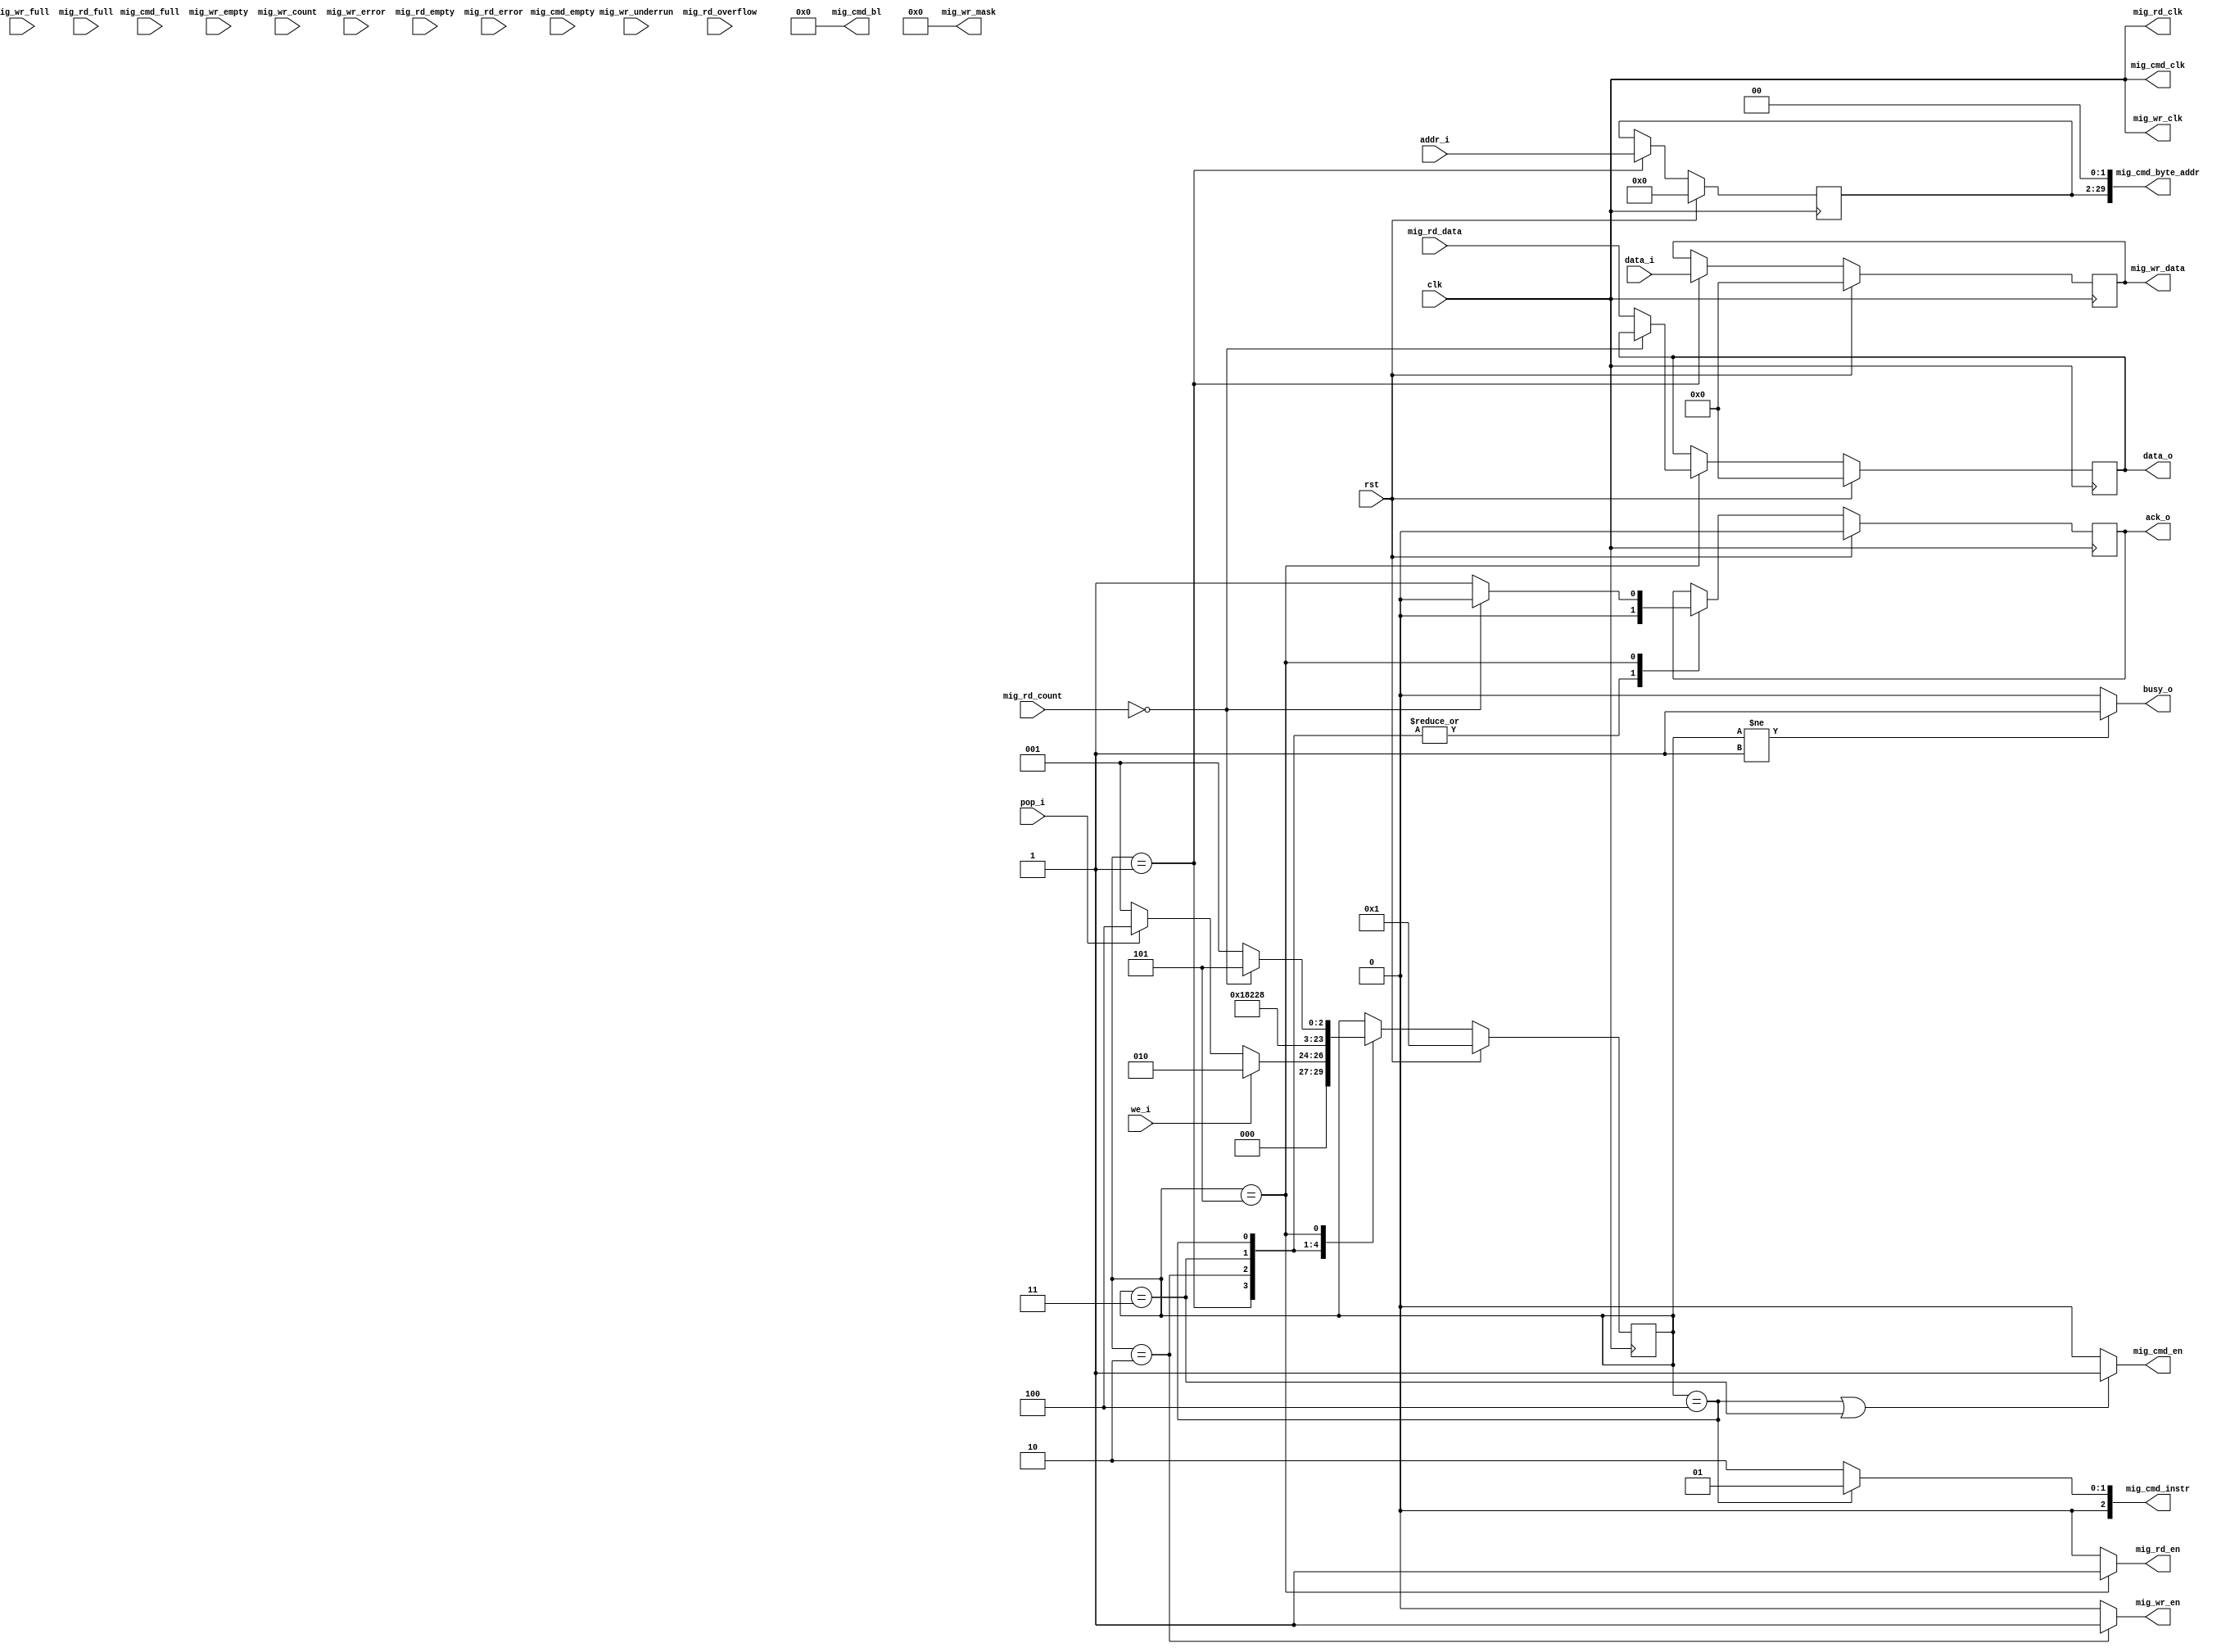
module simple_ddr3(
    input wire clk, // clk491520
    input wire rst,

    input wire [27:0] addr_i,
    input wire [31:0] data_i,
    input wire we_i,
    input wire pop_i,
    output wire [31:0] data_o,
    output wire ack_o,
    output wire busy_o,

    // MIG interface
    output wire mig_cmd_clk,
    output wire mig_cmd_en,
    output wire [2:0] mig_cmd_instr,
    output wire [5:0] mig_cmd_bl,
    output wire [29:0] mig_cmd_byte_addr,
    input wire mig_cmd_empty,
    input wire mig_cmd_full,
    output wire mig_wr_clk,
    output wire mig_wr_en,
    output wire [3:0] mig_wr_mask,
    output wire [31:0] mig_wr_data,
    input wire mig_wr_full,
    input wire mig_wr_empty,
    input wire [6:0] mig_wr_count,
    input wire mig_wr_underrun,
    input wire mig_wr_error,
    output wire mig_rd_clk,
    output wire mig_rd_en,
    input wire [31:0] mig_rd_data,
    input wire mig_rd_full,
    input wire mig_rd_empty,
    input wire [6:0] mig_rd_count,
    input wire mig_rd_overflow,
    input wire mig_rd_error);

reg [27:0] addr_ff;
reg [31:0] wdata_ff;
reg [31:0] rdata_ff;
reg ack_ff;

reg [5:0] state_ff;
localparam ST_INIT = 1;
localparam ST_FILL_WRBUF = 2;
localparam ST_EMIT_WR_CMD = 3;
localparam ST_EMIT_RD_CMD = 4;
localparam ST_WAIT_RD_DATA = 5;

always @(posedge clk) begin
    if (rst) begin
        addr_ff <= 28'b0;
        wdata_ff <= 32'b0;
        rdata_ff <= 32'b0;
        state_ff <= ST_INIT;
        ack_ff <= 1'b0;
    end else begin
        case (state_ff)
            ST_INIT: begin
                addr_ff <= addr_i;
                wdata_ff <= data_i;
                ack_ff <= 1'b0;

                if (we_i) begin
                    state_ff <= ST_FILL_WRBUF;
                end else if (pop_i) begin
                    state_ff <= ST_EMIT_RD_CMD;
                end else begin
                    state_ff <= ST_INIT;
                end
            end
            ST_FILL_WRBUF: begin
                state_ff <= ST_EMIT_WR_CMD;
                ack_ff <= 1'b0;
            end
            ST_EMIT_WR_CMD: begin
                state_ff <= ST_INIT;
                ack_ff <= 1'b0;
            end
            ST_EMIT_RD_CMD: begin
                state_ff <= ST_WAIT_RD_DATA;
                ack_ff <= 1'b0;
            end
            ST_WAIT_RD_DATA: begin
                if (mig_rd_count == 6'h00) begin // FIXME: mig_rd_empty?
                    state_ff <= ST_WAIT_RD_DATA;
                    ack_ff <= 1'b0;
                end else begin
                    rdata_ff <= mig_rd_data;
                    state_ff <= ST_INIT;
                    ack_ff <= 1'b1;
                end
            end
        endcase
    end
end

assign mig_cmd_clk = clk;
assign mig_cmd_en = (state_ff == ST_EMIT_RD_CMD || state_ff == ST_EMIT_WR_CMD) ? 1'b1 : 1'b0;
assign mig_cmd_instr = (state_ff == ST_EMIT_RD_CMD) ? 3'b001 : 3'b010;
assign mig_cmd_bl = 6'b0;
assign mig_cmd_byte_addr[29:0] = {addr_ff, 2'b00};
// FIXME: wait until mig_cmd_empty or !mig_cmd_full?

assign mig_wr_clk = clk;
assign mig_wr_en = (state_ff == ST_FILL_WRBUF) ? 1'b1 : 1'b0;
assign mig_wr_mask = 4'b0000;
assign mig_wr_data = wdata_ff;
// mig_wr_full, mig_wr_empty, mig_wr_count, mig_wr_underrun, mig_wr_error

assign mig_rd_clk = clk;
assign mig_rd_en = (state_ff == ST_WAIT_RD_DATA) ? 1'b1 : 1'b0;
// mig_rd_full, mig_rd_empty, mig_rd_overflow, mig_rd_error

assign data_o = rdata_ff;
assign ack_o = ack_ff;
assign busy_o = (state_ff != ST_INIT) ? 1'b1 : 1'b0;

endmodule